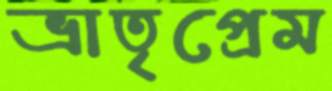
ভ্রাতৃপ্রেম